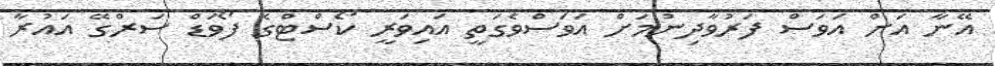
އޭނާ އަށް އަވަސް ފަރުވާދިނުމަށް އަވަސްވެގަތީ އައިވަރީ ކޯސްޓްގެ ފޯވަޑް ސަރްގޭ އައުރާ